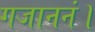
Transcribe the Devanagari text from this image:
गजाननं।